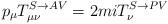
LaTeX: \begin{align*}p_{\mu }T_{\mu \nu }^{S\rightarrow AV}=2miT_{\nu }^{S\rightarrow PV}\end{align*}